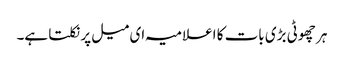
ہر چھوٹی بڑی بات کا اعلامیہ ای میل پر نکلتا ہے۔